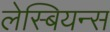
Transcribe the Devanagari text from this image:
लेस्बियन्स